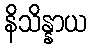
နိသိန္နာယ